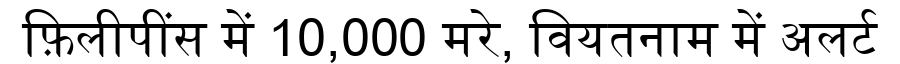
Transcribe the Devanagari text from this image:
फ़िलीपींस में 10,000 मरे, वियतनाम में अलर्ट